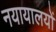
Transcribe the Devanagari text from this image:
नयायालयों